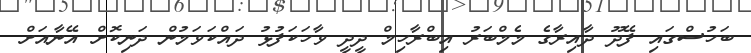
ބަހުސްގައި ފޭދޫ ދާއިރާގެ މެމްބަރު އިބްރާހިމް ދީދީ ވާހަކަފުޅު ދައްކަވަމުން ދަނިކޮށް އޭނާއަށް